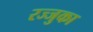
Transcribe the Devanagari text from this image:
रज्जुका